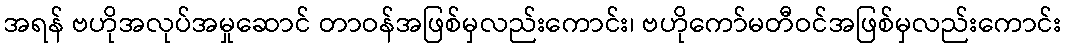
အရန် ဗဟိုအလုပ်အမှုဆောင် တာဝန်အဖြစ်မှလည်းကောင်း၊ ဗဟိုကော်မတီဝင်အဖြစ်မှလည်းကောင်း